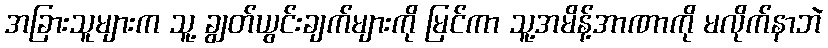
အခြားသူများက သူ့ ချွတ်ယွင်းချက်များကို မြင်ကာ သူ့အမိန့်အာဏာကို မလိုက်နာဘဲ